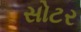
સોટર